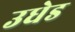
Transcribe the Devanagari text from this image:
उधेड